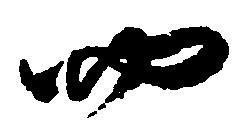
四